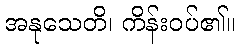
အနုသေတိ၊ ကိန်းဝပ်၏။